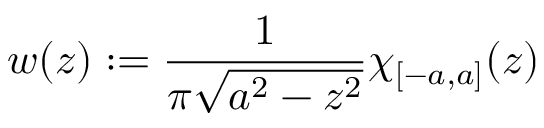
w ( z ) : = \frac { 1 } { \pi \sqrt { a ^ { 2 } - z ^ { 2 } } } \chi _ { [ - a , a ] } ( z ) \,